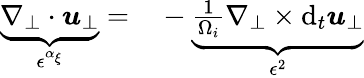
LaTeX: \begin{array}{rl}{\underbrace{\nabla_{\perp}\cdot\boldsymbol{u}_{\perp}}_{\epsilon^{\alpha_{\xi}}}=}&{{}-\underbrace{\frac{1}{\Omega_{i}}\nabla_{\perp}\times\mathrm{d}_{t}\boldsymbol{u}_{\perp}}_{\epsilon^{2}}}\end{array}